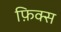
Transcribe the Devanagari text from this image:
फ़िक्स